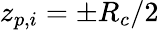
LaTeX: z_{p,i}=\pm R_{c}/2